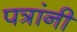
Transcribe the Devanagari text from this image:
पत्रांनी